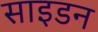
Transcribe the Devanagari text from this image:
साइडन